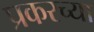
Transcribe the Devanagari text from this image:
प्रकरच्या